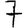
Digit: 7